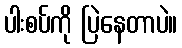
ပါးစပ်ကို ပြဲနေတာပဲ။